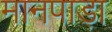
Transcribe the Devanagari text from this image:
मानपाड़ा